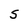
Character: S